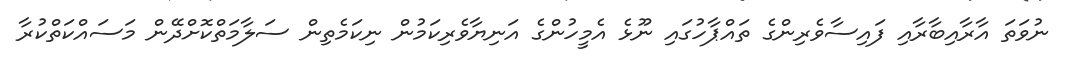
ނުވަތަ އާރާއިބާރާއި ފައިސާވެރިންގެ ތައްޕާހުގައި ނޫޅެ އެމީހުންގެ އަނިޔާވެރިކަމުން ނިކަމެތިން ސަލާމަތްކޮށްދޭން މަސައްކަތްކުރާ